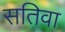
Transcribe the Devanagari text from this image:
सतिवा